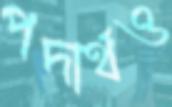
পদার্থও